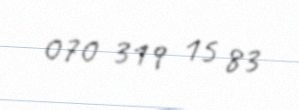
070 319 15 83